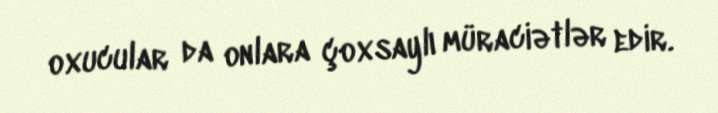
oxucular da onlara çoxsaylı müraciətlər edir.